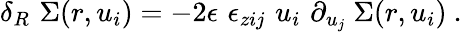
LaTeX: \delta_{R}\, \, \Sigma(r,u_{i})=-2\epsilon\, \, \epsilon_{zij}\, \, u_{i}\, \, \partial_{u_{j}}\ \Sigma(r,u_{i})\ .